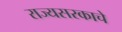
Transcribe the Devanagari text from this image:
राज्यसरकाचे